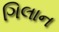
ગિલાન